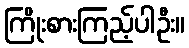
ကြိုးစားကြည့်ပါဦး။